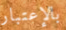
بالإعتبار